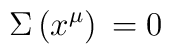
\Sigma \, (x^{\mu})  \, = 0